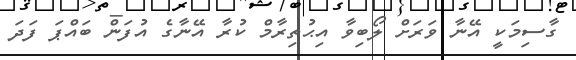
ގާސިމަކީ އޭނާ ވަރަށް ލޯބިވާ އިޙުތިރާމް ކުރާ އޭނާގެ އުފަން ބައްޕަ ފަދަ